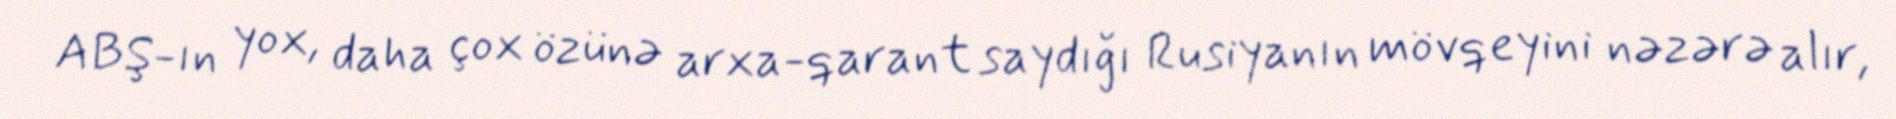
ABŞ-ın yox, daha çox özünə arxa-qarant saydığı Rusiyanın mövqeyini nəzərə alır,